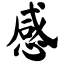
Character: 感